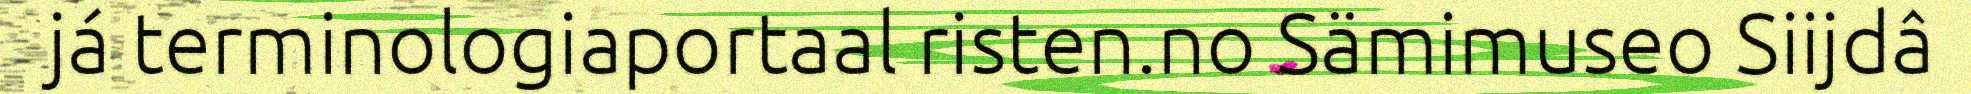
já terminologiaportaal risten.no Sämimuseo Siijdâ